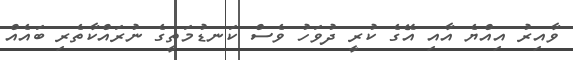
ވާއިރު އިއްޔެ އާއި އޭގެ ކުރީ ދުވަހު ވެސް ކަނޑުމަތީގެ ނުރައްކާތެރި ބައެއް